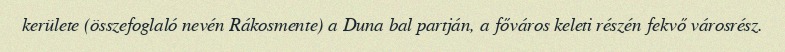
kerülete (összefoglaló nevén Rákosmente) a Duna bal partján, a főváros keleti részén fekvő városrész.